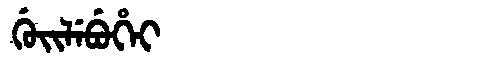
Manchu: ᡤᡠᡳᠯᡝᠪᡠᡥᡝᡳ
Romanization: GUILEBUHEI